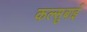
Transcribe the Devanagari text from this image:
कल्सुबाई